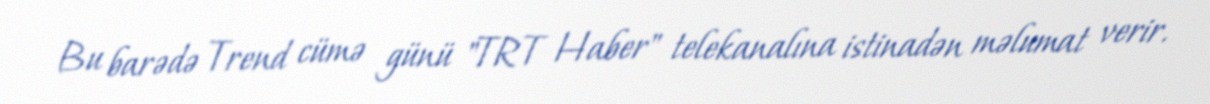
Bu barədə Trend cümə günü "TRT Haber" telekanalına istinadən məlumat verir.